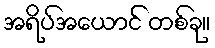
အရိပ်အယောင် တစ်ခု။